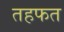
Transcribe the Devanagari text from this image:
तहफत